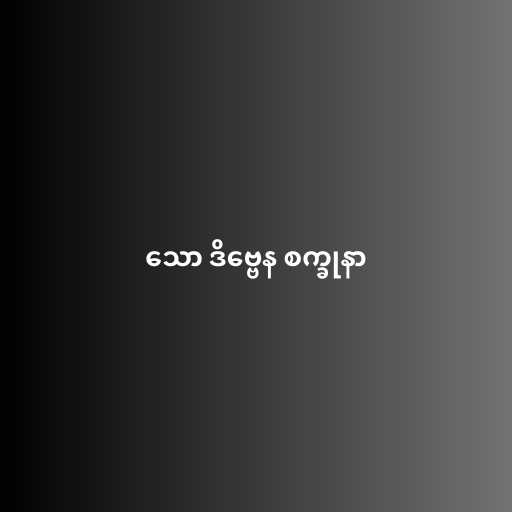
သော ဒိဗ္ဗေန စက္ခုနာ